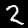
Digit: 2